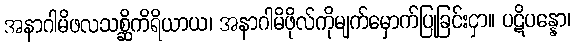
အနာဂါမိဖလသစ္ဆိကိရိယာယ၊ အနာဂါမိဖိုလ်ကိုမျက်မှောက်ပြုခြင်းငှာ။ ပဋိပန္နော၊